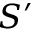
S ^ { \prime }